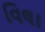
વિલા